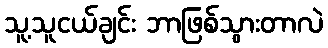
သူ့သူငယ်ချင်း ဘာဖြစ်သွားတာလဲ